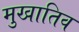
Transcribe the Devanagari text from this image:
मुखातिव